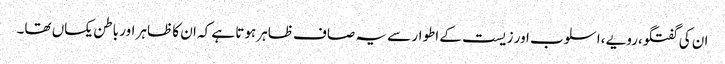
ان کی گفتگو،رویے ،اسلوب اور زیست کے اطوار سے یہ صاف ظاہر ہوتا ہے کہ ان کا ظاہر اور باطن یکساں تھا۔